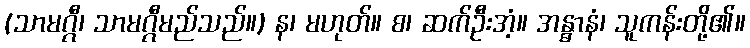
(သာမဂ္ဂီ၊ သာမဂ္ဂီမည်သည်။) န၊ မဟုတ်။ စ၊ ဆက်ဦးအံ့။ အန္ဓာနံ၊ သူကန်းတို့၏။